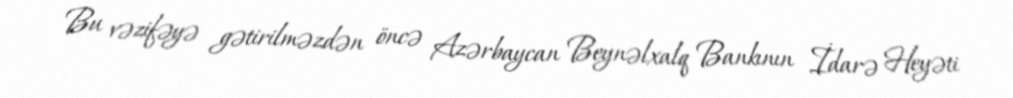
Bu vəzifəyə gətirilməzdən öncə Azərbaycan Beynəlxalq Bankının İdarə Heyəti